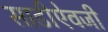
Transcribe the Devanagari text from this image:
साडीऐवजी